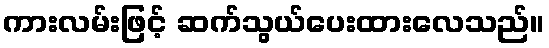
ကားလမ်းဖြင့် ဆက်သွယ်ပေးထားလေသည်။